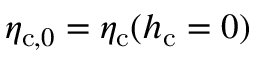
\eta _ { \mathrm { c } , 0 } = \eta _ { \mathrm { c } } ( h _ { \mathrm { c } } = 0 )